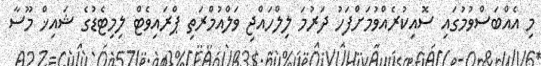
މި އެއްބަސްވުމުގައި ސޮއިކުރެއްވުމަށްފަހު ދަރުމަ ލިލްހައްޖި ވަލްއުމްރަތި ޕްރައިވެޓް ލިމިޓެޑުގެ ޝައިޚް މޫސާ